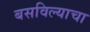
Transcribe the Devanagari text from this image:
बसविल्याचा